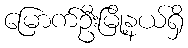
မြောက်ဦးမြို့နယ်ရှိ